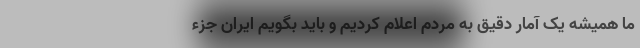
ما همیشه یک آمار دقیق به مردم اعلام کردیم و باید بگویم ایران جزء